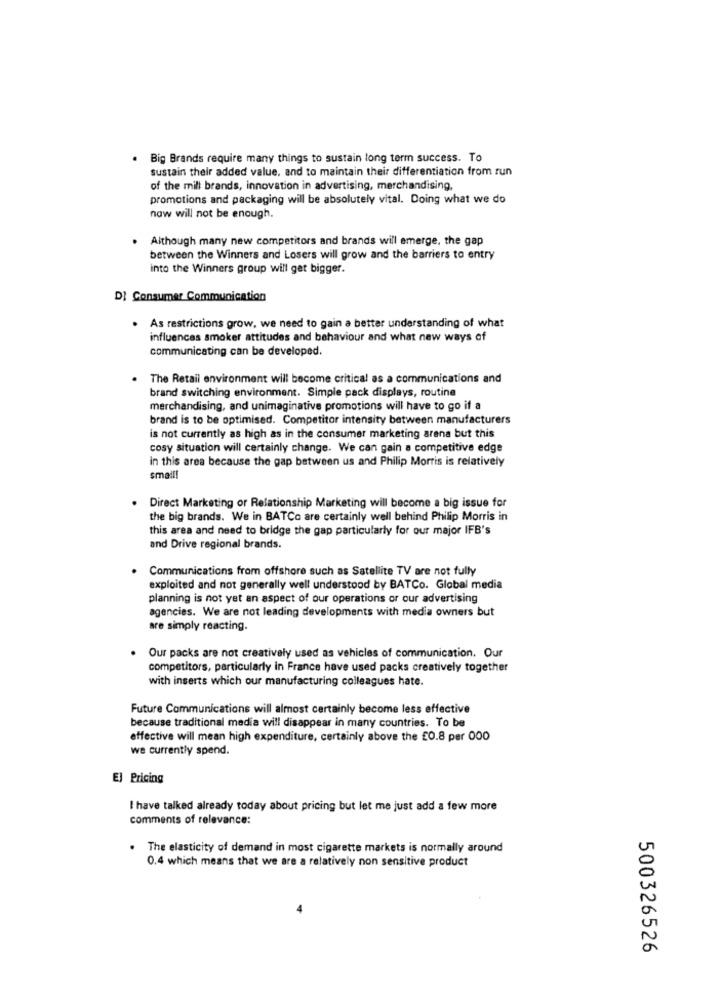
.
Big Brands require many things to sustain long term success. To
sustain their added value, and to maintain their differentiation from run
of the mill brands, innovation in advertising, merchandising,
promotions and packaging will be absolutely vital. Doing what we do
naw will not be enough.
. Although many new competitors and brands will emerge, the gap
between the Winners and Losers will grow and the barriers to entry
into the Winners group will get bigger.
DI Consumer Communication
. As restrictions grow, we need to gain a better understanding of what
influences smoker attitudes and behaviour and what new ways of
communicating can be developed.
. The Retail environment will become critical as a communications and
brand switching environment. Simple pack displays, routine
merchandising, and unimaginative promotions will have to go if a
brand is to be optimised. Competitor intensity between manufacturers
is not currently as high as in the consumer marketing arena but this
cosy situation will certainly change. We can gain a competitive edge
in this area because the gap between us and Philip Morris is relatively
small!
. Direct Marketing or Relationship Marketing will become a big issue for
the big brands. We in BATCo are certainly well behind Philip Morris in
this area and need to bridge the gap particularly for our major IFB's
and Drive regional brands.
. Communications from offshore such as Satellite TV are not fully
exploited and not generally well understood by BATCo. Global media
planning is not yet an aspect of our operations or our advertising
agencies. We are not leading developments with media owners but
are simply reacting.
. Our packs are not creatively used as vehicles of communication. Our
competitors, particularly in France have used packs creatively together
with inserts which our manufacturing colleagues hate.
Future Communications will almost certainly become less effective
because traditional media will disappear in many countries. To be
effective will mean high expenditure, certainly above the £0.8 per 000
we currently spend.
EJ Pricing
I have talked already today about pricing but let me just add a few more
comments of relevance:
. The elasticity of demand in most cigarette markets is normally around
0.4 which means that we are a relatively non sensitive product
500326526